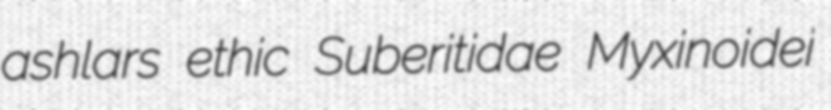
ashlars ethic Suberitidae Myxinoidei